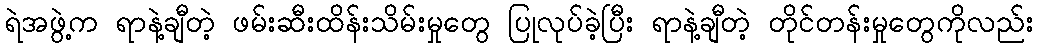
ရဲအဖွဲ့က ရာနဲ့ချီတဲ့ ဖမ်းဆီးထိန်းသိမ်းမှုတွေ ပြုလုပ်ခဲ့ပြီး ရာနဲ့ချီတဲ့ တိုင်တန်းမှုတွေကိုလည်း